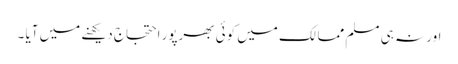
اور نہ ہی مسلم ممالک میں کوئی بھرپور احتجاج دیکھنے میں آیا ۔